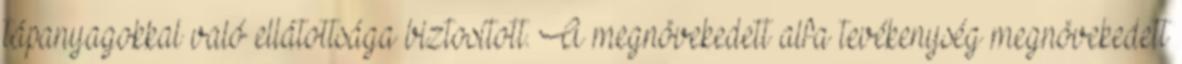
tápanyagokkal való ellátottsága biztosított. A megnövekedett alfa tevékenység megnövekedett